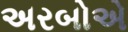
અરબોએ